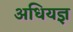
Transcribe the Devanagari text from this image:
अधियज्ञ